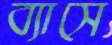
ব্যাসে